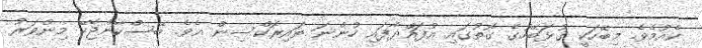
ކެއުމެވެ. މިބޭހަކީ ގުޅަބޭހުގެ ގޮތުގައި އުފައްދާފައި ހުންނަ ތައިރޮކްސިން އެވެ. ބޭސްކާންޖެހޭ މިންވަރު